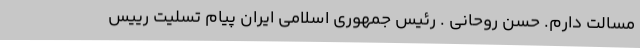
مسالت دارم. حسن روحانی . رئیس جمهوری اسلامی ایران پیام تسلیت رییس